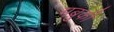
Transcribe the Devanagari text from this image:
मब्रुकी